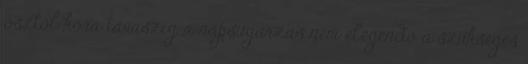
ősztől kora tavaszig a napsugárzás nem elegendő a szükséges